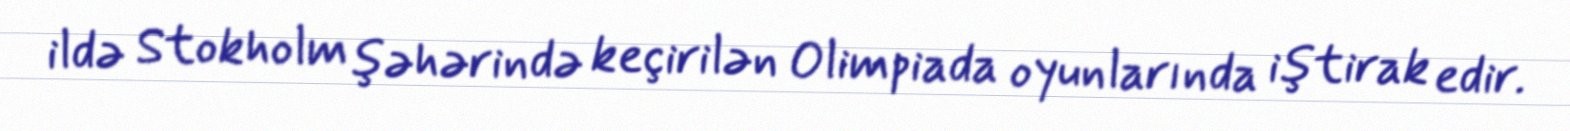
ildə Stokholm şəhərində keçirilən Olimpiada oyunlarında iştirak edir.